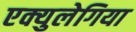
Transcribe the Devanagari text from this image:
एक्युलेगिया